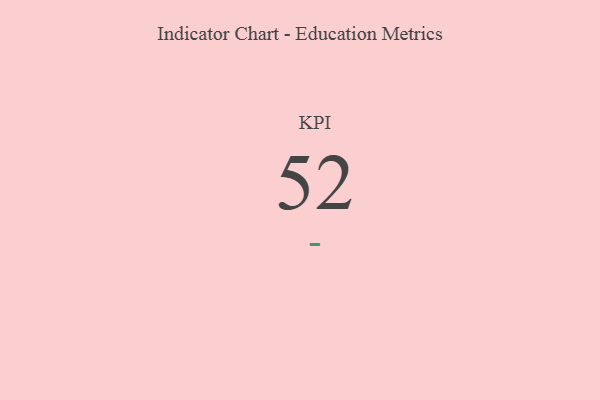
{"axis": {"x": "KPI", "y": "Value"}, "legend": [""], "data": [{"x": "KPI", "y": 52, "type": ""}]}